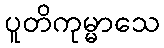
ပူတိကုမ္မာသေ